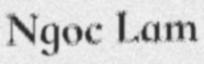
Ngoc Lam